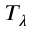
T _ { \lambda }